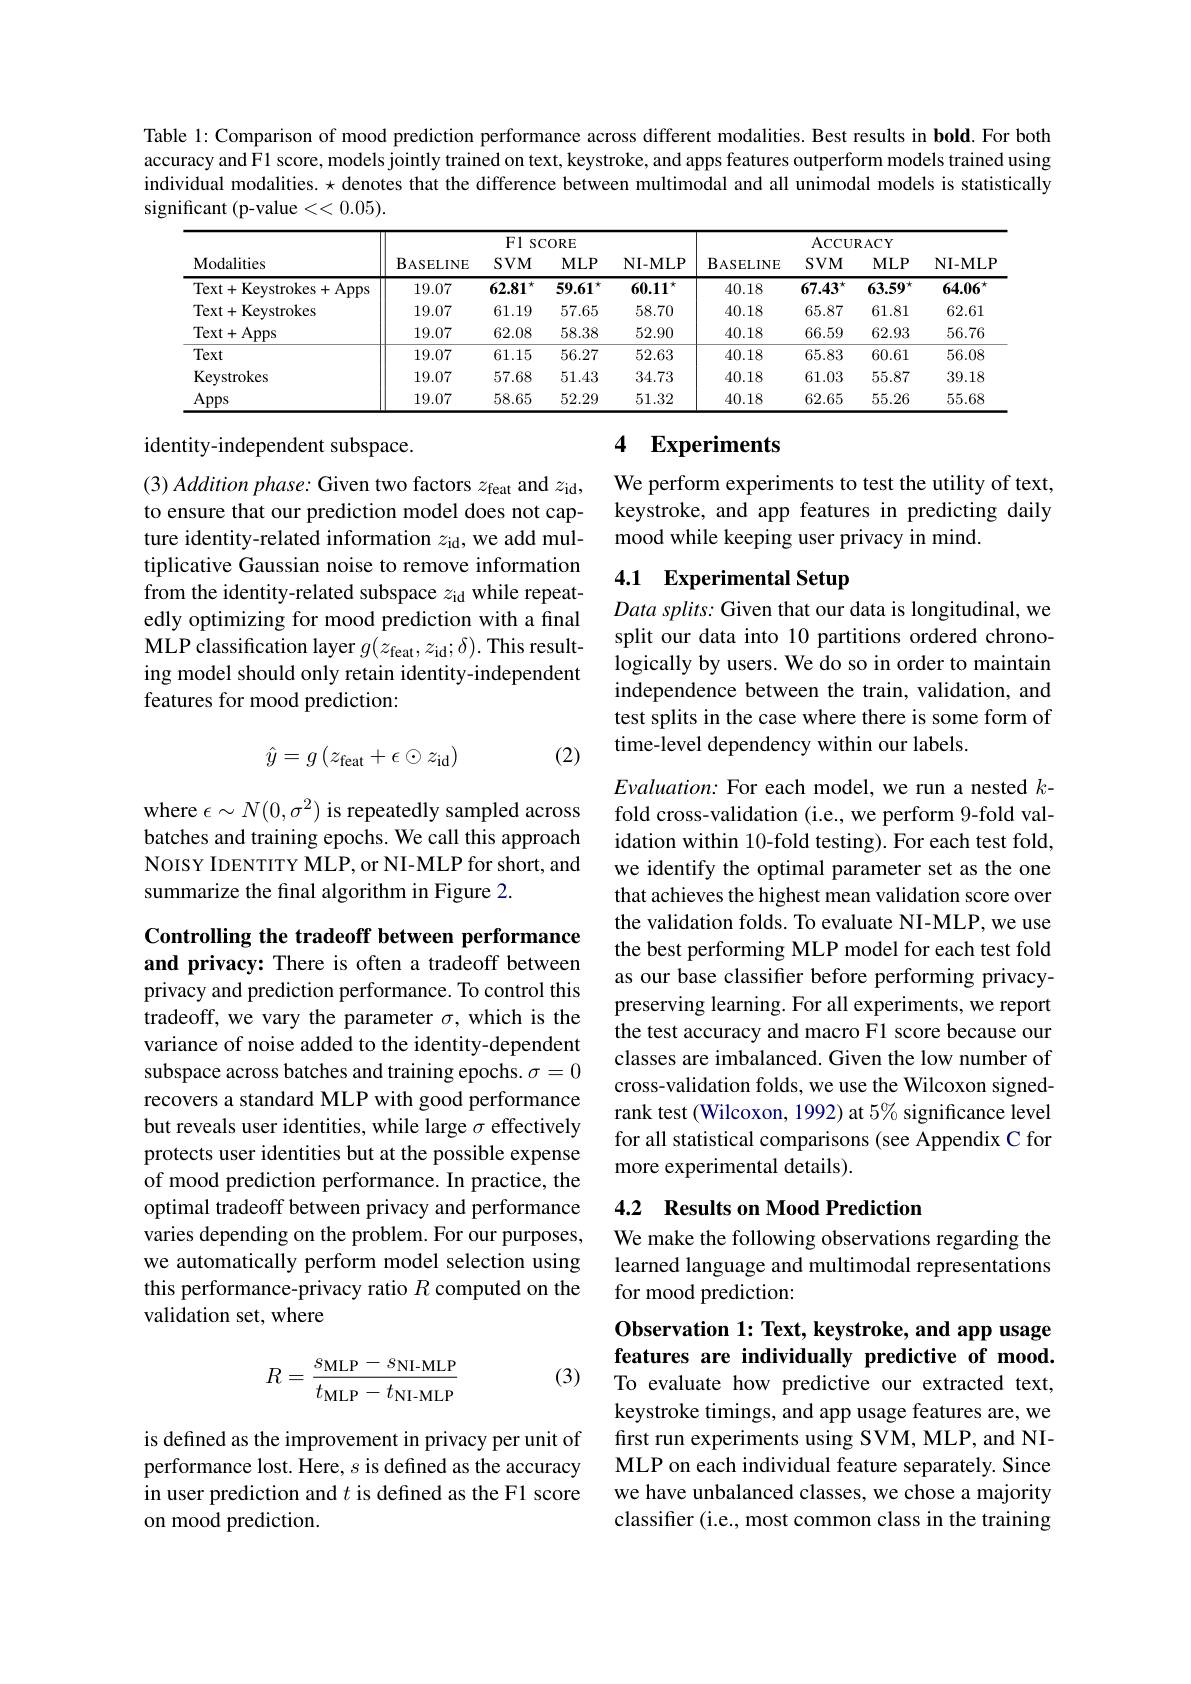
Table l: Comparison of mood prediction performance across different modalities. Best results in bold. For both accuracy and F1 score, models jointly trained on text, keystroke, and apps features outperform models trained using individual modalities. $\star$ denotes that the difference between multimodal and all unimodal models is statistically significant (p-value <<0.05).

<table>
	<tbody>
		<tr>
			<th rowspan="2">Modalities</th>
			<th colspan="4">F1 SCORE</th>
			<th colspan="4">ACCURACY</th>
		</tr>
		<tr>
			<th>$\mathbf{B}_{\mathrm{ASELINE}}$</th>
			<th>$SVM$</th>
			<th>$MLP$</th>
			<th>NI- MLP</th>
			<th>$\mathbf{B}_{\mathrm{ASELINE}}$</th>
			<th>$SVM$</th>
			<th>$MLP$</th>
			<th>NI- MLF</th>
		</tr>
		<tr>
			<td>Text+Keystrokes+Apps</td>
			<td>19.07</td>
			<td>62.81 共</td>
			<td>59.61 1 1</td>
			<td>$60.11^{\star}$</td>
			<td>40.18</td>
			<td>$67.43^{\star}$</td>
			<td>$63.59^{\star}$</td>
			<td>$64.06^{\star}$</td>
		</tr>
		<tr>
			<td>Text+ Keystrokes</td>
			<td>19.07</td>
			<td>61.19</td>
			<td>57.65</td>
			<td>58.70</td>
			<td>40.18</td>
			<td>65.87</td>
			<td>61.81</td>
			<td>62.61</td>
		</tr>
		<tr>
			<td>Text+ Apps</td>
			<td>19.07</td>
			<td>62.08</td>
			<td>58.38</td>
			<td>52.90</td>
			<td>40.18</td>
			<td>66.59</td>
			<td>62.93</td>
			<td>56.76</td>
		</tr>
		<tr>
			<td>Text</td>
			<td>19.07</td>
			<td>61.15</td>
			<td>56.27</td>
			<td>52.63</td>
			<td>40.18</td>
			<td>65.83</td>
			<td>60.61</td>
			<td>56.08</td>
		</tr>
		<tr>
			<td>Keystrokes</td>
			<td>19.07</td>
			<td>57.68</td>
			<td>51.43</td>
			<td>34.73</td>
			<td>40.18</td>
			<td>61.03</td>
			<td>55.87</td>
			<td>39.18</td>
		</tr>
		<tr>
			<td>Apps</td>
			<td>19.07</td>
			<td>58.65</td>
			<td>52.29</td>
			<td>51.32</td>
			<td>40.18</td>
			<td>62.65</td>
			<td>55.26</td>
			<td>55.68</td>
		</tr>
	</tbody>
</table>

identity-independent subspace.

## 4 Experiments

We perform experiments to test the utility of text, keystroke, and app features in predicting daily mood while keeping user privacy in mind.

## 4.1 Experimental Setup

(3) Addition phase: Given two factors $z_\mathrm{feat}$ and $z_\mathrm{id}$, to ensure that our prediction model does not capture identity-related information $z_\mathrm{id}$, we add multiplicative Gaussian noise to remove information from the identity-related subspace $z_\mathrm{id}$ while repeatedly optimizing for mood prediction with a final MLP classification layer $g(z_\mathrm{feat},z_\mathrm{id};\delta).$ This resulting model should only retain identity-independent features for mood prediction:

$Data\textit{ splits: Given that our data is longitudinal, we}$ split our data into 10 partitions ordered chronologically by users. We do so in order to maintain independence between the train, validation, and test splits in the case where there is some form of time-level dependency within our labels.

(2)
$$\hat{y}=g\left(z_{\mathrm{feat}}+\epsilon\odot z_{\mathrm{id}}\right)$$
where $\epsilon\sim N(0,\sigma^{2})$ is repeatedly sampled across batches and training epochs. We call this approach NoIsY IDENTITY MLP, or NI-MLP for short, and summarize the final algorithm in Figure 2.

$Evaluation:$ For each model, we run a nested $k-$ fold cross-validation (i.e., we perform 9-fold validation within 10-fold testing). For each test fold, we identify the optimal parameter set as the one that achieves the highest mean validation score over the validation folds. To evaluate NI-MLP, we use the best performing MLP model for each test fold as our base classifer before performing privacypreserving learning. For all experiments, we report the test accuracy and macro F1 score because our classes are imbalanced. Given the low number of cross-validation folds, we use the Wilcoxon signedrank test (Wilcoxon, 1992) at $5\%$ significance level for all statistical comparisons (see Appendix C for more experimental details).

Controlling the tradeoff between performance and privacy: There is often a tradeoff between privacy and prediction performance. To control this tradeoff, we vary the parameter $\sigma$, which is the variance of noise added to the identity-dependent subspace across batches and training epochs. $\sigma=0$ recovers a standard MLP with good performance but reveals user identities, while large $\sigma$ effectively protects user identities but at the possible expense of mood prediction performance. In practice, the optimal tradeoff between privacy and performance varies depending on the problem. For our purposes, we automatically perform model selection using this performance-privacy ratio $R$ computed on the validation set, where

### 4.2 Results on Mood Prediction

We make the following observations regarding the learned language and multimodal representations for mood prediction:

(3)
$$R=\frac{s_{\mathrm{MLP}}-s_{\mathrm{NI-MLP}}}{t_{\mathrm{MLP}}-t_{\mathrm{NI-MLP}}}$$
Observation 1: Text, keystroke, and app usage features are individually predictive of mood. To evaluate how predictive our extracted text, keystroke timings, and app usage features are, we first run experiments using SVM, MLP, and NIMLP on each individual feature separately. Since we have unbalanced classes, we chose a majority classifer (i.e., most common class in the training

is defined as the improvement in privacy per unit of performance lost. Here, $s$ is defined as the accuracy in user prediction and $t$ is defined as the F1 score on mood prediction.